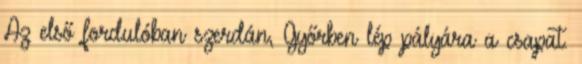
Az első fordulóban szerdán, Győrben lép pályára a csapat.